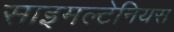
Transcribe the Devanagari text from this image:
साइमल्टेनियस